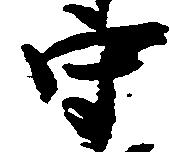
守